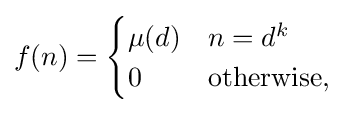
f(n)={\begin{cases}\mu (d)&n=d^{k}\\0&{\text{otherwise}},\end{cases}}